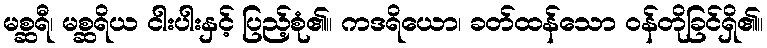
မစ္ဆရီ၊ မစ္ဆရိယ ငါးပါးနှင့် ပြည့်စုံ၏။ ကဒရိယော၊ ခတ်ထန်သော ဝန်တိုခြင်ရှိ၏။